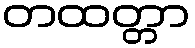
တထတ္တာ